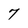
Character: 7